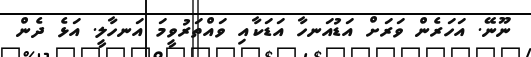
ނޫނޭ. އަހަރެން ވަރަށް އަޑުއަނހާ އަޑަކާއި ވައްތަރުވީމަ އަނހާލީ. އަޅެ ދެން